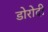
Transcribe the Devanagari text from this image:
डोरोदी